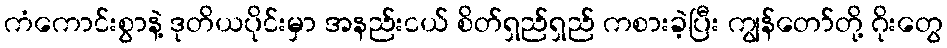
ကံကောင်းစွာနဲ့ ဒုတိယပိုင်းမှာ အနည်းငယ် စိတ်ရှည်ရှည် ကစားခဲ့ပြီး ကျွန်တော်တို့ ဂိုးတွေ